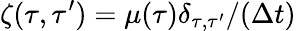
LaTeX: \zeta(\tau,\tau^{\prime})=\mu(\tau)\delta_{\tau,\tau^{\prime}}/(\Delta t)